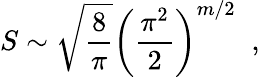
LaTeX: S\sim\sqrt{{\frac{8}{\pi}}}\left({\frac{\pi^{2}}{2}}\right)^{m/2}\; \; ,